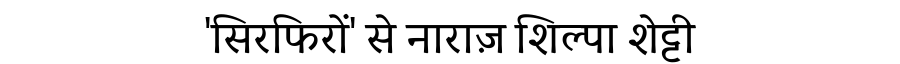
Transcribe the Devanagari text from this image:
'सिरफिरों' से नाराज़ शिल्पा शेट्टी